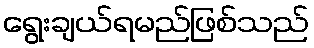
ရွေးချယ်ရမည်ဖြစ်သည်